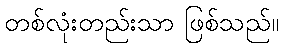
တစ်လုံးတည်းသာ ဖြစ်သည်။